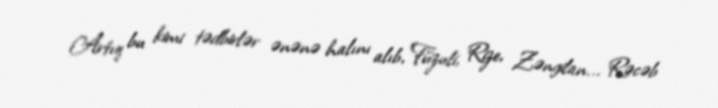
Artıq bu kimi tədbirlər ənənə halını alıb, Füzuli, Rize, Zəngilan... Rəcəb